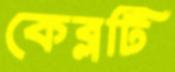
কেব্লটি